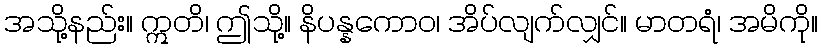
အသို့နည်း။ ဣတိ၊ ဤသို့။ နိပန္နကောဝ၊ အိပ်လျက်လျှင်။ မာတရံ၊ အမိကို။